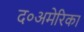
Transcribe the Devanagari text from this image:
द०अमेरिका